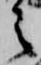
之